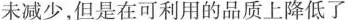
未减少，但是在可利用的品质上降低了